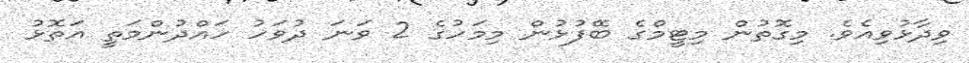
ވިދާޅުވިއެވެ. މިގޮތުން މިޓީމްގެ ބޭފުޅުން މިމަހުގެ 2 ވަނަ ދުވަހު ހައްދުންމަތީ އަތޮޅު